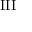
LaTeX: \operatorname { I I I }